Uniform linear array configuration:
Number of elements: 12
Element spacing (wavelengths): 0.75
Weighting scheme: uniform
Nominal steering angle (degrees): -60
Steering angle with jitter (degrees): -59.899
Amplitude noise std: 0.05
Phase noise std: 0.05

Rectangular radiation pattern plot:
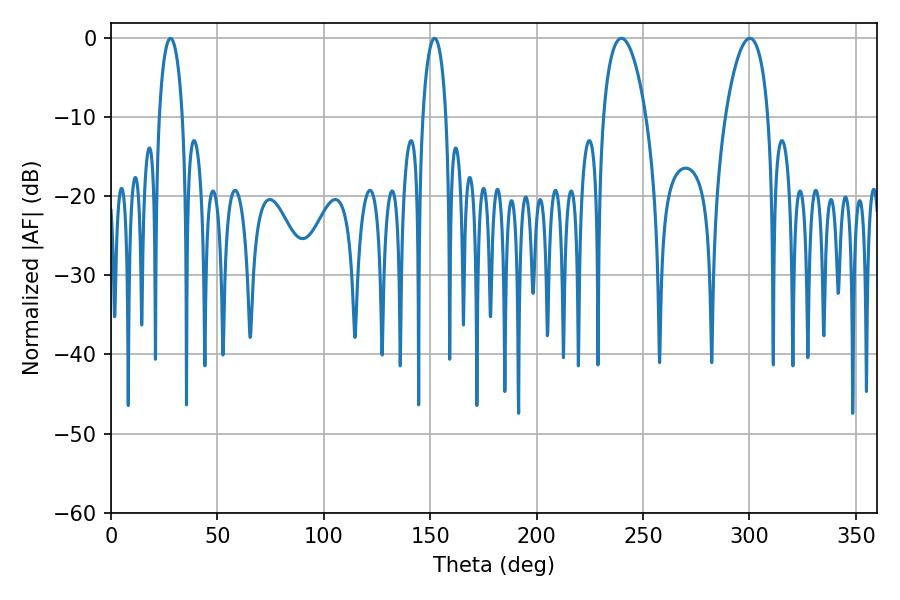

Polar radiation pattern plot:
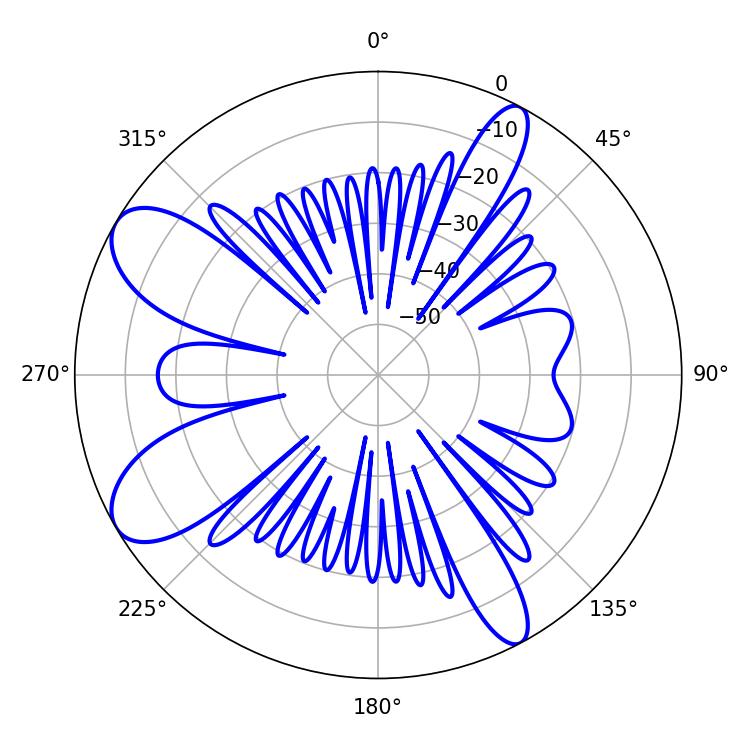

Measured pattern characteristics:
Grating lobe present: TRUE
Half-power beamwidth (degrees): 11.34
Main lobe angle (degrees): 239.76